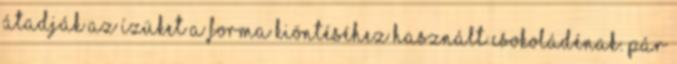
átadják az ízüket a forma kiöntéséhez használt csokoládénak. Pár